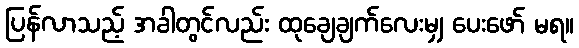
ပြန်လာသည့် အခါတွင်လည်း ထုချေချက်လေးမျှ ပေးဖော် မရ။